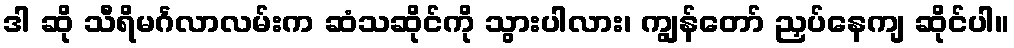
ဒါ ဆို သီရိမင်္ဂလာလမ်းက ဆံသဆိုင်ကို သွားပါလား၊ ကျွန်တော် ညှပ်နေကျ ဆိုင်ပါ။